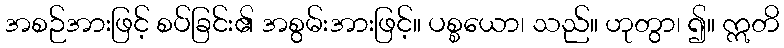
အစဉ်အားဖြင့် စပ်ခြင်း၏ အစွမ်းအားဖြင့်။ ပစ္စယော၊ သည်။ ဟုတွာ၊ ၍။ ဣတိ